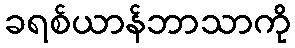
ခရစ်ယာန်ဘာသာကို